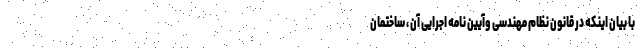
با بیان اینکه در قانون نظام مهندسی وآیین نامه اجرایی آن ، ساختمان